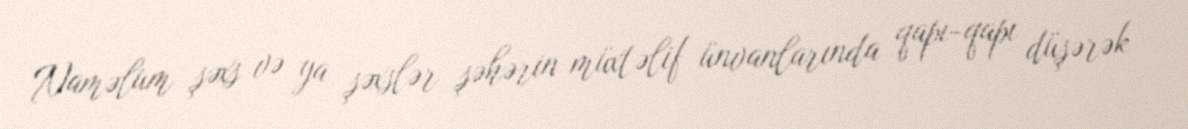
Naməlum şəxs və ya şəxslər şəhərin müxtəlif ünvanlarında qapı-qapı düşərək